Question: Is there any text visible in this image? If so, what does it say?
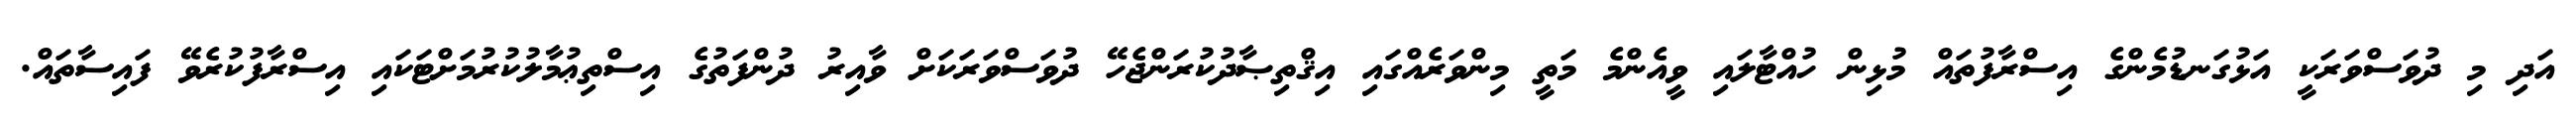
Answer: އަދި މި ދުވަސްވަރަކީ އަޅުގަނޑުމެންގެ އިސްރާފުތައް މުޅިން ހުއްޓާލައި ވީއެންމެ މަތީ މިންވަރެއްގައި އިޤްތިޞާދުކުރަންޖެހޭ ދުވަސްވަރަކަށް ވާއިރު ދުންފަތުގެ އިސްތިޢުމާލުކުރުމަށްޓަކައި އިސްރާފުކުރެވޭ ފައިސާތައް.